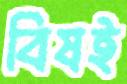
বিষই